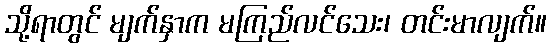
သို့ရာတွင် မျက်နှာက မကြည်လင်သေး၊ တင်းမာလျက်။